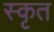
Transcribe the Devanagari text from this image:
स्कृत